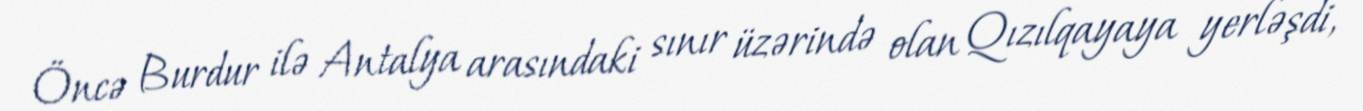
Öncə Burdur ilə Antalya arasındaki sınır üzərində olan Qızılqayaya yerləşdi,